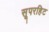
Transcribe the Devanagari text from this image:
सूपरहिट